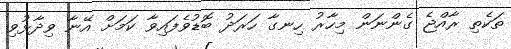
ތަކެތި ރާއްޖެ ގެންނަން މިހާރު ހިނގާ ހަރަދު ބޮޑުވެފައިވާ ކަމަށް އޭނާ ވިދާޅުވި